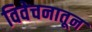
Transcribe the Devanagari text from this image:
विवेचनातून